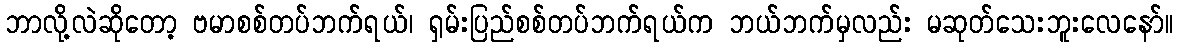
ဘာလို့လဲဆိုတော့ ဗမာစစ်တပ်ဘက်ရယ်၊ ရှမ်းပြည်စစ်တပ်ဘက်ရယ်က ဘယ်ဘက်မှလည်း မဆုတ်သေးဘူးလေနော်။